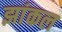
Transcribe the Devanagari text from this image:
झांकल